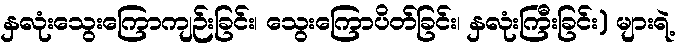
နှလုံးသွေးကြောကျဉ်းခြင်း၊ သွေးကြောပိတ်ခြင်း၊ နှလုံးကြီးခြင်း) များရဲ့